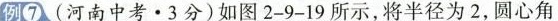
例⑦(河南中考\cdot 3分)如图2-9-19所示，将半径为2，圆心角